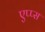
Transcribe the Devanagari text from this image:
एप्प्स